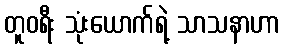
တူဝရီး သုံးယောက်ရဲ့ သာသနာဟာ